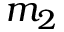
m _ { 2 }